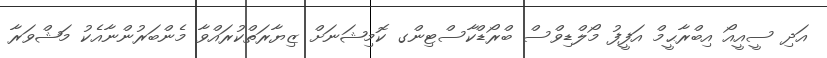
އަދި ސީއީއޯ އިބްރާޙީމް އަފީފު މޯލްޑިވްސް ބްރޯޑްކާސްޓިންގ ކޮމިޝަނަށް ޒިޔާރަތްކުރައްވާ މެންބަރުންނާއެކު މަޝްވަރާ